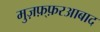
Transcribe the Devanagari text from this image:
मुज़फ़्फ़रआबाद